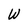
Character: W